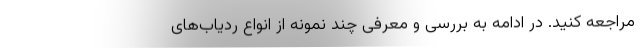
مراجعه کنید. در ادامه به بررسی و معرفی چند نمونه از انواع ردیاب‌های